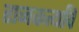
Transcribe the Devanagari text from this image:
राजकर्त्यांचे